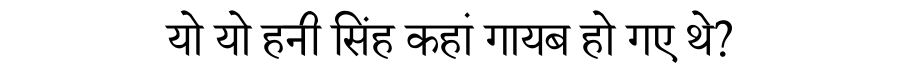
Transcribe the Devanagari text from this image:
यो यो हनी सिंह कहां गायब हो गए थे?